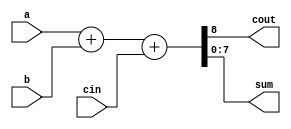
// This program was cloned from: https://github.com/lnis-uofu/OpenFPGA
// License: MIT License

// Creating a scaleable adder

module adder_8(cout, sum, a, b, cin);
parameter size = 8;  /* declare a parameter. default required */
output cout;
output [size-1:0] sum; 	 // sum uses the size parameter
input cin;
input [size-1:0] a, b;  // 'a' and 'b' use the size parameter

assign {cout, sum} = a + b + cin;

endmodule